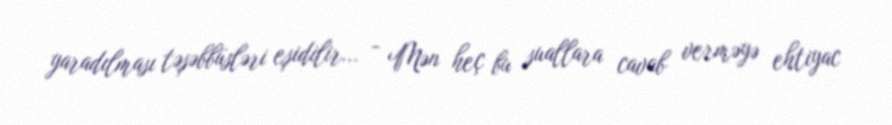
yaradılması təşəbbüsləri eşidilir... - Mən heç bu suallara cavab verməyə ehtiyac